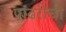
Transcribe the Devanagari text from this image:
पांढरीची